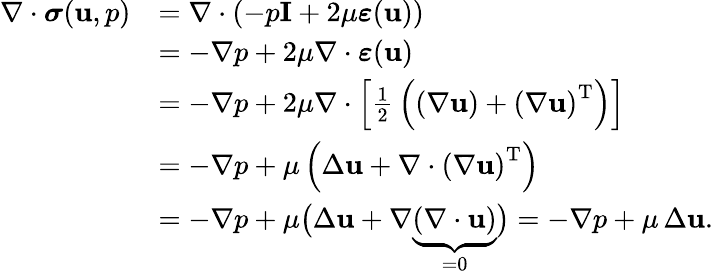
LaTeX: {\begin{array}{rl}{\nabla\cdot{\boldsymbol{\sigma}}(\mathbf{u},p)}&{=\nabla\cdot\left(-p\mathbf{I}+2\mu{\boldsymbol{\varepsilon}}(\mathbf{u})\right)}\\ &{=-\nabla p+2\mu\nabla\cdot{\boldsymbol{\varepsilon}}(\mathbf{u})}\\ &{=-\nabla p+2\mu\nabla\cdot\left[{\frac{1}{2}}\left(\left(\nabla\mathbf{u}\right)+\left(\nabla\mathbf{u}\right)^{\mathrm{T}}\right)\right]}\\ &{=-\nabla p+\mu\left(\Delta\mathbf{u}+\nabla\cdot\left(\nabla\mathbf{u}\right)^{\mathrm{T}}\right)}\\ &{=-\nabla p+\mu{\bigl(}\Delta\mathbf{u}+\nabla\underbrace{(\nabla\cdot\mathbf{u})}_{=0}{\bigr)}=-\nabla p+\mu\, \Delta\mathbf{u}.}\end{array}}